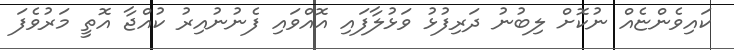
ކައިވެންޏެއް ނުކޮށް ލިބުނު ދަރިފުޅު ވަޅުލާފައި އޮއްވައި ފެނުނުއިރު ކުއްޖާ އޮތީ މަރުވެފަ